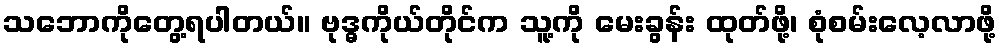
သဘောကိုတွေ့ရပါတယ်။ ဗုဒ္ဓကိုယ်တိုင်က သူ့ကို မေးခွန်း ထုတ်ဖို့၊ စုံစမ်းလေ့လာဖို့